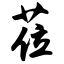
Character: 莅